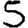
Digit: 5